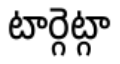
టార్గెట్గా